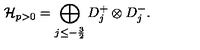
\mathcal { H } _ { p > 0 } = \bigoplus _ { j \leq - \frac { 3 } { 2 } } D _ { j } ^ { + } \otimes D _ { j } ^ { - } .